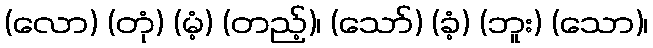
(လော) (တုံ) (မံ့) (တည့်)၊ (သော်) (ခံ့) (ဘူး) (သော)၊